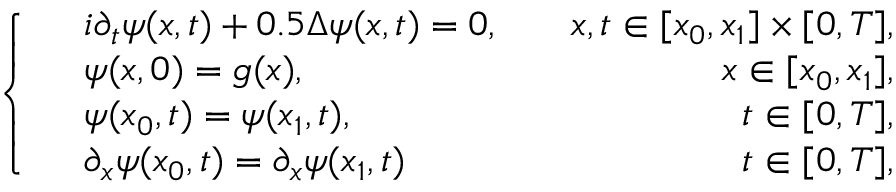
\left\{ \begin{array} { r l r } & { i \partial _ { t } \psi ( x , t ) + 0 . 5 \Delta \psi ( x , t ) = 0 , } & { \quad x , t \in [ x _ { 0 } , x _ { 1 } ] \times [ 0 , T ] , } \\ & { \psi ( x , 0 ) = g ( x ) , } & { \quad x \in [ x _ { 0 } , x _ { 1 } ] , } \\ & { \psi ( x _ { 0 } , t ) = \psi ( x _ { 1 } , t ) , } & { \quad t \in [ 0 , T ] , } \\ & { \partial _ { x } \psi ( x _ { 0 } , t ) = \partial _ { x } \psi ( x _ { 1 } , t ) } & { \quad t \in [ 0 , T ] , } \end{array} \right.